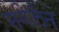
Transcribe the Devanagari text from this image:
मगेलैन